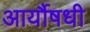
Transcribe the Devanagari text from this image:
आर्यौषधी